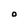
Character: O